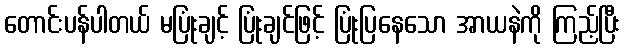
တောင်းပန်ပါတယ် မပြုံးချင့် ပြုံးချင်ဖြင့် ပြုံးပြနေသော အာယနဲကို ကြည့်ပြီး